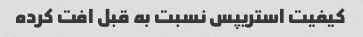
کیفیت استریپس نسبت به قبل افت کرده